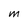
Character: m